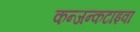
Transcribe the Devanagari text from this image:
कन्जन्कटाइवा